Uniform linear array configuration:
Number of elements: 12
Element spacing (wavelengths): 1
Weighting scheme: exponential
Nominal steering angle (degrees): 45
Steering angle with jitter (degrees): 43.375
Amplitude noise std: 0.05
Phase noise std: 0.05

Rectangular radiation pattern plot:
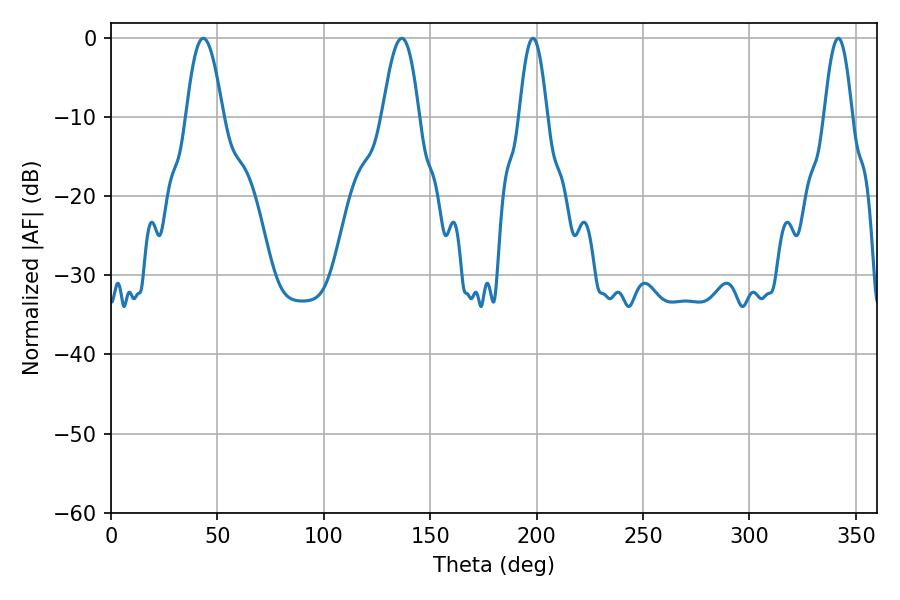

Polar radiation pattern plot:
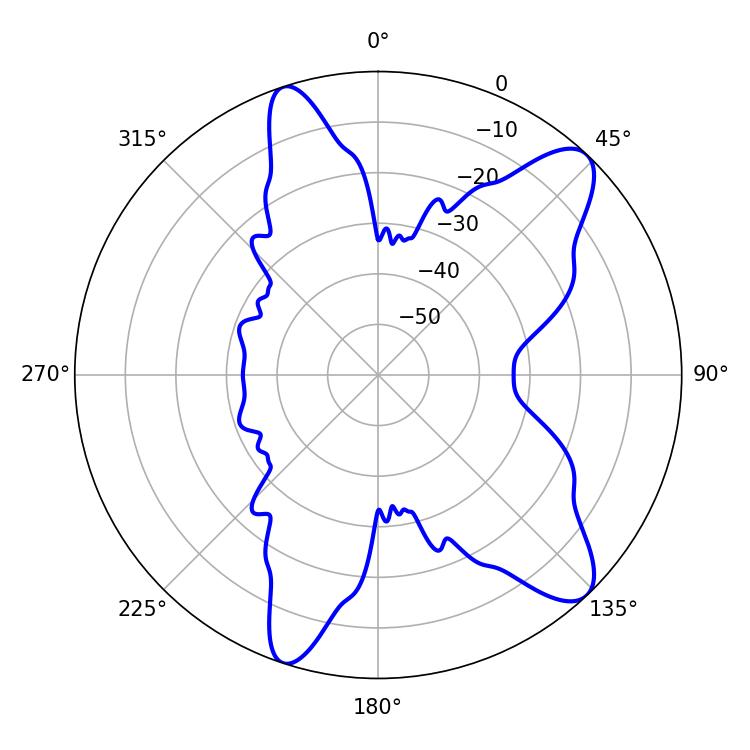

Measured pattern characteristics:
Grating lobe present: TRUE
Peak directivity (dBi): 10.66
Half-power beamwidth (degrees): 9.36
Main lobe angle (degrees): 43.38